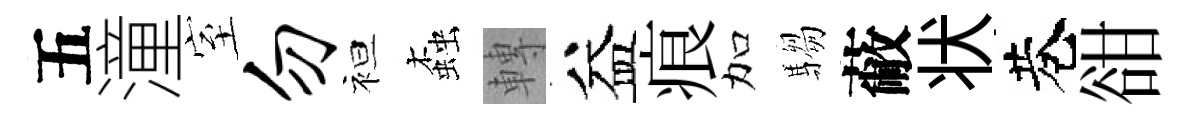
五潼室勿袒螙轉益痕加騶蔽状巷𧮳